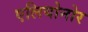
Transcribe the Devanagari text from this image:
एलियोनोर